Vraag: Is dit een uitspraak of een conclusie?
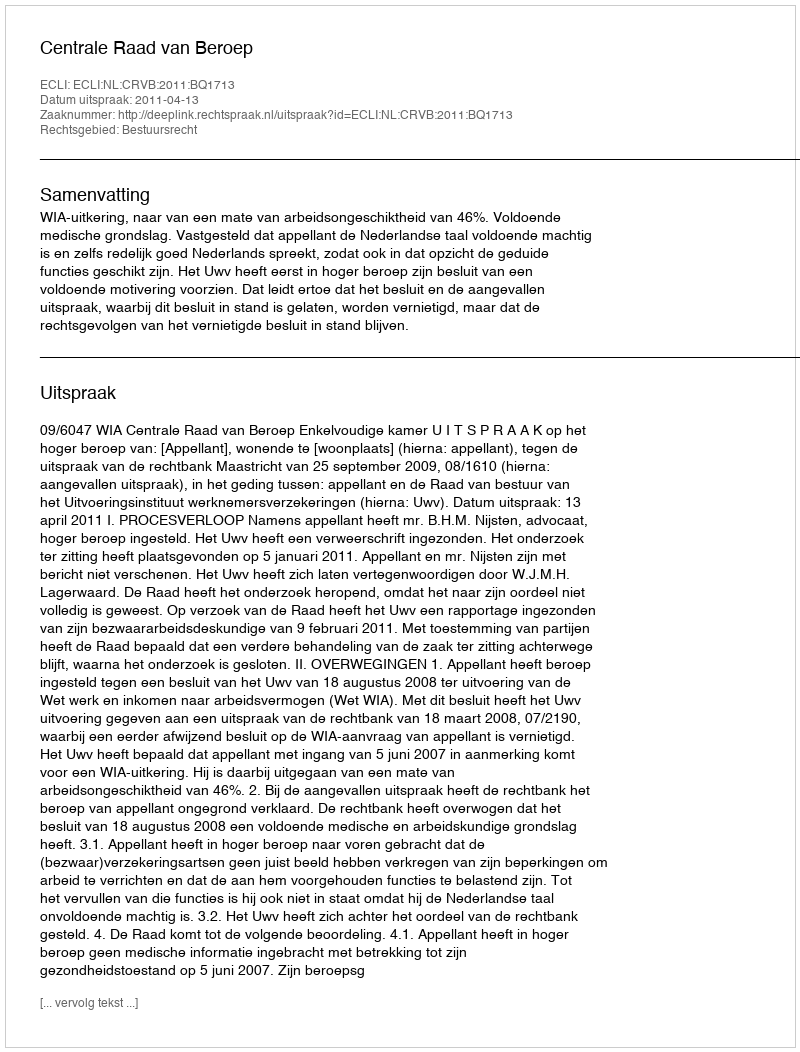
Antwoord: Uitspraak